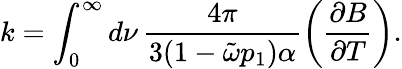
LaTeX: k=\int_{0}^{\infty}d\nu\, \frac{4\pi}{3(1-\tilde{\omega}p_{1})\alpha}\left(\frac{\partial B}{\partial T}\right).